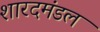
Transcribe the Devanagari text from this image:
शारदमंडल